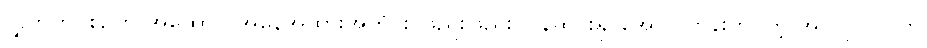
လွှတ်တင်စဉ်က အထောင် အနေအထားအတိုင်း ဖြည်းဖြည်း ပြန်ဆင်းနိုင်အောင် တွန်းတင်တဲ့ အင်ဂျင်ပါဝါကို